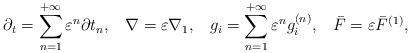
LaTeX: \begin{align*}{\partial _t} = \sum\limits_{n = 1}^{ + \infty } {{\varepsilon ^n}\partial {t_n}} , \; \;\;\nabla = \varepsilon {\nabla _1}, \; \;\;{g_i} = \sum\limits_{n = 1}^{ + \infty } {{\varepsilon ^n}g_i^{\left( n \right)}} , \; \;\; \bar F = \varepsilon {\bar F^{\left( 1 \right)}},\end{align*}